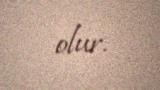
olur.